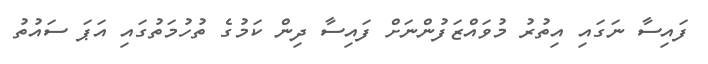
ފައިސާ ނަގައި އިތުރު މުވައްޒަފުންނަށް ފައިސާ ދިން ކަމުގެ ތުހުމަތުގައި އަޕަ ސައުތު